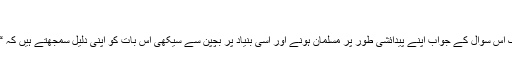
“
مسلمانوں کے بڑے بڑے علماء تک اس سوال کے جواب اپنے پیدائشی طور پر مسلمان ہونے اور اسی بنیاد پر بچپن سے سیکھی اس بات کو اپنی دلیل سمجھتے ہیں کہ “محمد صلعم اللہ کے آخری نبی ہیں۔